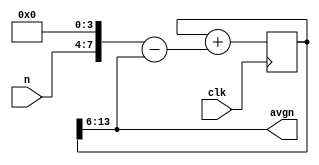
module lpfn(n,clk,avgn);
   input [3:0] n;
   input clk;
   //avgn is fixed point (3,5)
   output [7:0] avgn;
   //tavgn is fixed point (3,11)
   //put initial n value here
   reg signed [13:0] tavg = {4'd3,10'b0};
   //other utility variable
   wire signed [8:0] diff;
   assign diff =  {n,4'b0}-tavg[13:6];
   //update lpf every clock cycle
   always @(posedge clk) tavg <= tavg + diff;
   assign avgn = tavg[13:6];
endmodule